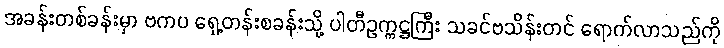
အခန်းတစ်ခန်းမှာ ဗကပ ရှေ့တန်းစခန်းသို့ ပါတီဥက္ကဋ္ဌကြီး သခင်ဗသိန်းတင် ရောက်လာသည်ကို